Vaccination Hyderabad 1872-1889 - 1872-1889
Year: 1872
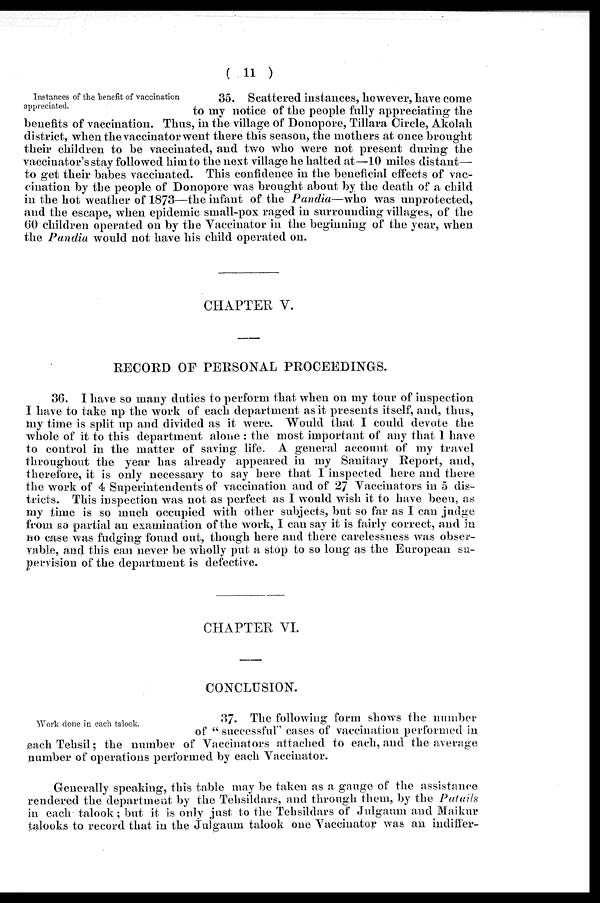
( 11 )
Instances of the benefit of vaccination
appreciated.
35. Scattered instances, however, have come
to my notice of the people fully appreciating the
benefits of vaccination. Thus, in the village of Donopore, Tillara Circle, Akolah
district, when the vaccinator went there this season, the mothers at once brought
their children to be vaccinated, and two who were not present during the
vaccinator's stay followed him to the next village he halted at—10 miles distant—
to get their babes vaccinated. This confidence in the beneficial effects of vac-
cination by the people of Donopore was brought about by the death of a child
in the hot weather of 1873—the infant of the Pandia—who was unprotected,
and the escape, when epidemic small-pox raged in surrounding villages, of the
60 children operated on by the Vaccinator in the beginning of the year, when
the Pandia would not have his child operated on.
CHAPTER V.
RECORD OF PERSONAL PROCEEDINGS.
36. I have so many duties to perform that when on my tour of inspection
I have to take up the work of each department as it presents itself, and, thus,
my time is split up and divided as it were. Would that I could devote the
whole of it to this department alone : the most important of any that I have
to control in the matter of saving life. A general account of my travel
throughout the year has already appeared in my Sanitary Report, and,
therefore, it is only necessary to say here that I inspected here and there
the work of 4 Superintendents of vaccination and of 27 Vaccinators in 5 dis-
tricts. This inspection was not as perfect as I would wish it to have been, as
my time is so much occupied with other subjects, but so far as I can judge
from so partial an examination of the work, I can say it is fairly correct, and in
no case was fudging found out, though here and there carelessness was obser-
vable, and this can never be wholly put a stop to so long as the European su-
pervision of the department is defective.
CHAPTER VI.
CONCLUSION.
Work done in each talook.
37. The following form shows the number
of " successful" cases of vaccination performed in
each Tehsil; the number of Vaccinators attached to each, and the average
number of operations performed by each Vaccinator.
Generally speaking, this table may be taken as a gauge of the assistance
rendered the department by the Tehsildars, and through them, by the Patails
in each talook; but it is only just to the Tehsildars of Julgaum and Maikur
talooks to record that in the Julgaum talook one Vaccinator was an indiffer¬